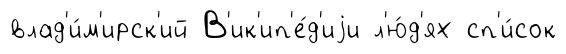
влад'и́м'ирск'ий В'ик'ип'е́д'иjи л'ю́д'ях сп'и́сок